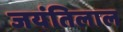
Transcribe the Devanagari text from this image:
जयंतिलाल